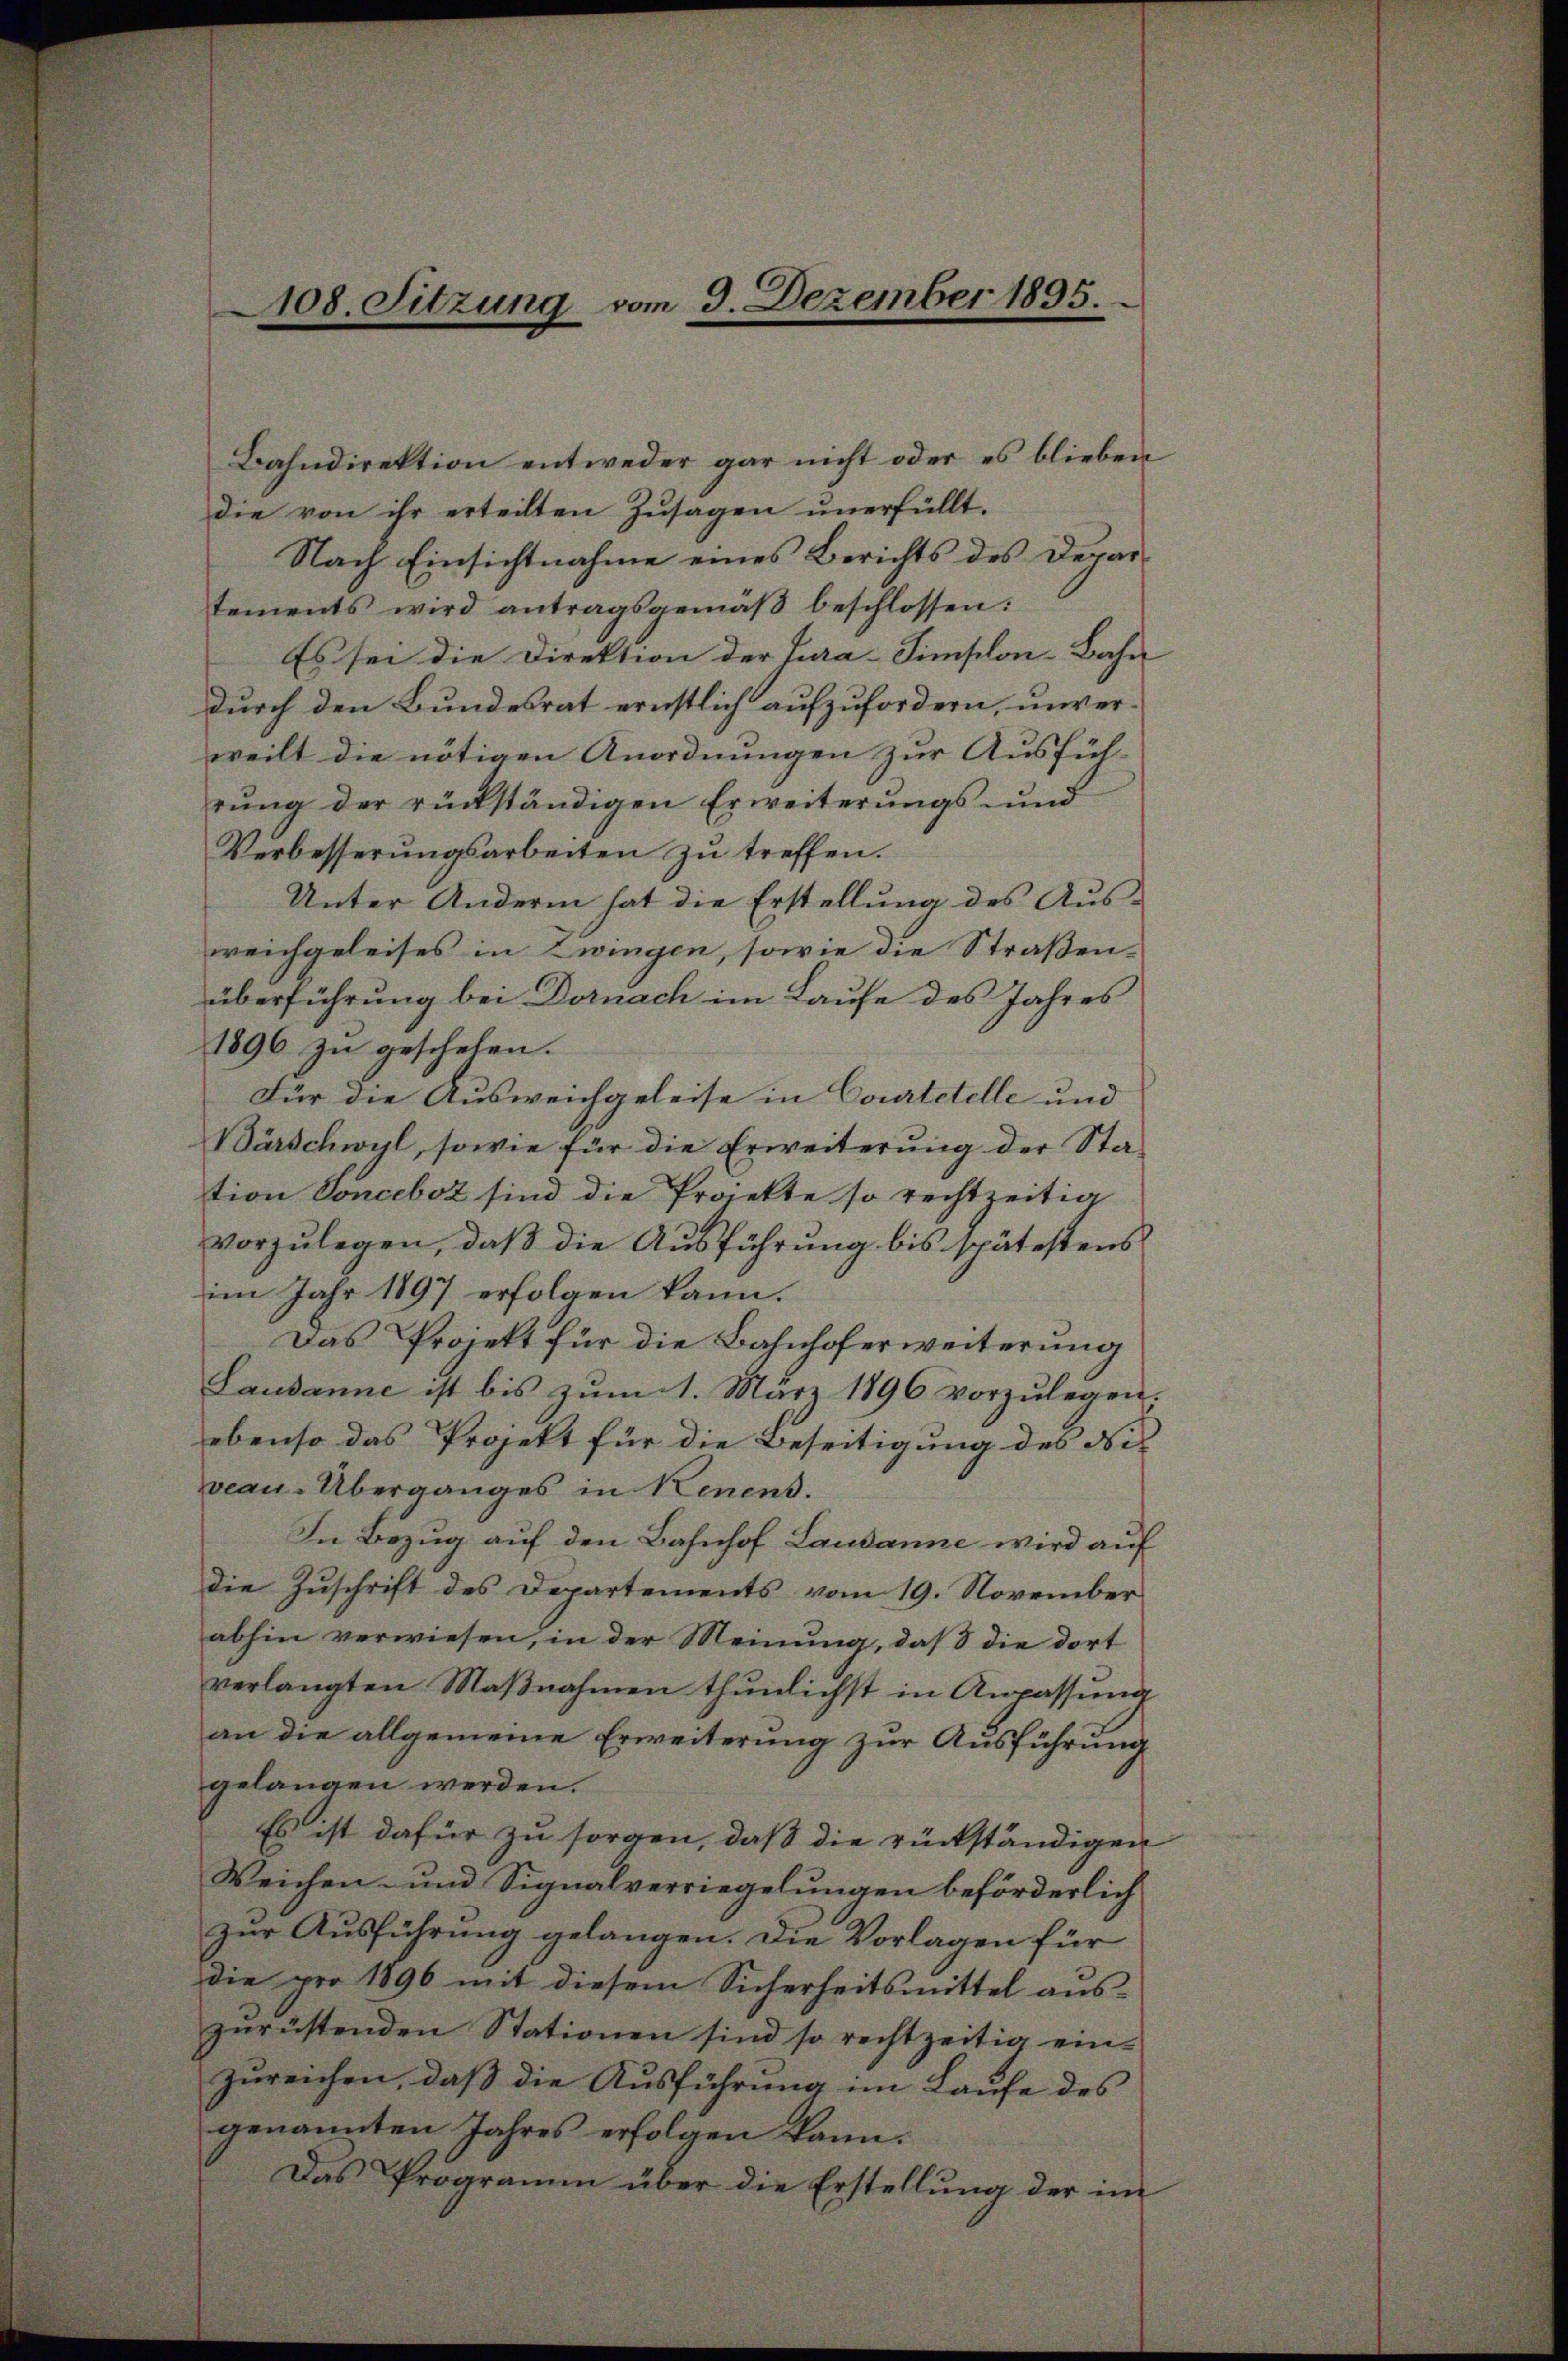
108. Sitzung vom 9. Dezember 1895.

rŭng der rückständigen Erweiterŭngs- und
Verbesserŭngsarbeiten zŭ treffen.
Unter Andern hat die Erstellung des Aus-
weichgeleises in Zwingen, sowie die Straßen-
überführung bei Dornach im Laufe des Jahres
1896 zu geschehen.
Für die Ausweichgeleise in Courtetelle und
Bärschwyl, sowie für die Erweiterung der Station Conceboz sind die Projekte so rechtzeitig
vorzulegen, daß die Ausführung bis spätestens
im Jahr 1897 erfolgen kann.
Das Projekt für die Bahnhoferweiterung
Lausanne ist bis zum 1. März 1896 vorzulegen:
ebenso das Projekt für die Beseitigung des Ni
veau-Überganges in Kenens.
In Bezug auf den Bahnhof Lausanne wird auf
die Zuschrift des Departements vom 19. November
abhin verwiesen, in der Meinung, daß die dort
verlangten Maβnahmen thŭnlichst in Anpassŭng
an die allgemeine Erweiterung zur Ausführung
gelangen werden.
Es ist dafür zu sorgen, daß die rückständigen
Weichen- und Signalverriegelungen beförderlich
zur Ausführung gelangen. Die Vorlagen für
die pro 1896 mit diesem Sicherheitsmittel aus-
zurüstenden Stationen sind so rechtzeitig einzureichen, daß die Ausführung im Laufe des
genannten Jahres erfolgen kann.
Das Programm über die Erstellŭng der im

Bahndirektion entweder gar nicht oder es blieben
die von ihr erteilten Zŭsagen ŭnerfüllt.
Nach Einsichtnahme eines Berichts des Departements wird antragsgemäβ beschlossen:
Es sei die Direktion der Cura-Simsclon-Bahn
durch den Bundesrat ernstlich aufzufordern, unverweilt die nötigen Anordnungen zur Ausfüh-